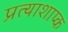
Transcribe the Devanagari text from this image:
प्रत्याशाप्क